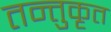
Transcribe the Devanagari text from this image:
तन्तुकृत